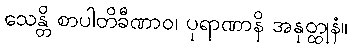
သေန္တိ စာပါတိခီဏာဝ၊ ပုရာဏာနိ အနုတ္ထုနံ။